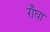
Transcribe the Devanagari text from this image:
राँघा